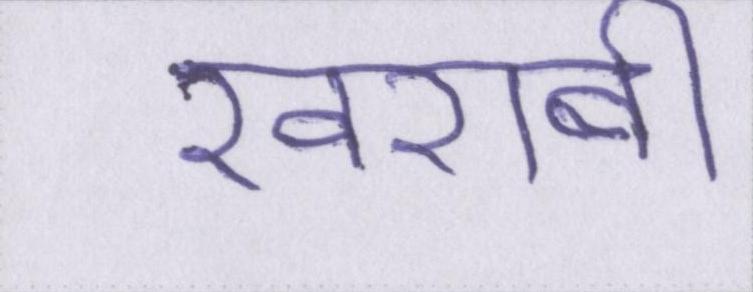
खराबी